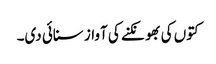
کتوں کی بھونکنے کی آواز سنائی دی۔